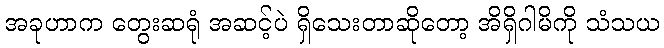
အခုဟာက တွေးဆရုံ အဆင့်ပဲ ရှိသေးတာဆိုတော့ အိရှိဂါမိကို သံသယ